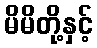
မိမိတို့နှင့်